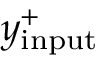
y _ { \mathrm { i n p u t } } ^ { + }